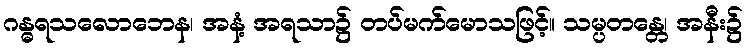
ဂန္ဓရသလောဘေန၊ အနံ့ အရသာ၌ တပ်မက်မောသဖြင့်။ သမ္ပတန္တေ၊ အနီး၌